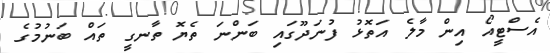
އެސްޓީއޯ އިން މާލެ އަތޮޅު ފުނަދޫގައި ބަންނަ ތެޔޮ ތާނގީ ތައް ބަނުމުގެ